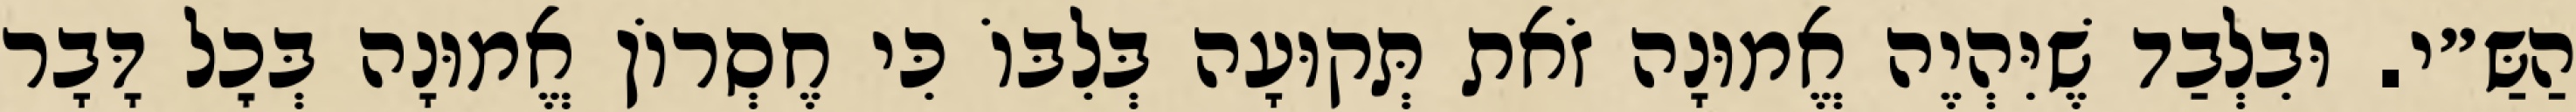
הַשַּ״י. וּבִלְבַד שֶׁיִּהְיֶה אֱמוּנָה זֹאת תְּקוּעָה בְּלִבּוֹ כִּי חֶסְרוֹן אֱמוּנָה בְּכׇל דָּבָר